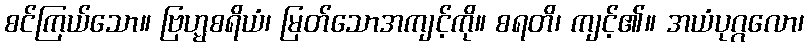
စင်ကြယ်သော။ ဗြဟ္မစရိယံ၊ မြတ်သောအကျင့်ကို။ စရတိ၊ ကျင့်၏။ အယံပုဂ္ဂလော၊